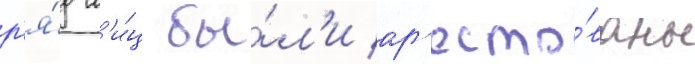
р'я́д л'и́ц бы́л'и ар'есто́ваны